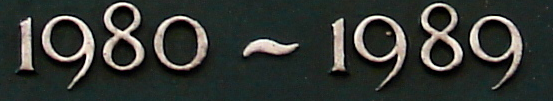
1980~1989